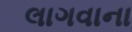
લાગવાના